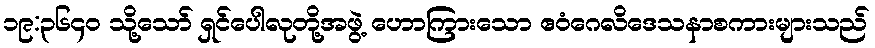
၁၉:၃၆၄၀ သို့သော် ရှင်ပေါလုတို့အဖွဲ့ ဟောကြားသော ဧဝံဂေလိဒေသနာစကားများသည်